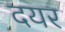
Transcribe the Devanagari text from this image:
दयर